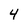
Character: 4